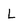
Character: L